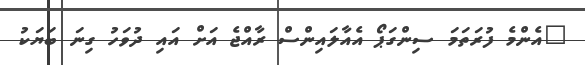
"އެންމެ ފުރަތަމަ ސިންގަޕޯ އެއާލައިންސް ރާއްޖެ އަށް އައި ދުވަހު ގިނަ ބަޔަކު